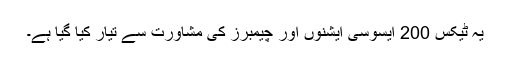
یہ ٹیکس 200 ایسوسی ایشنوں اور چیمبرز کی مشاورت سے تیار کیا گیا ہے۔